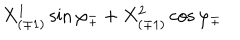
LaTeX: { X _ { ( \mp 1 ) } ^ { 1 } \sin \varphi _ { \mp } + X _ { ( \mp 1 ) } ^ { 2 } \cos \varphi _ { \mp } }